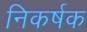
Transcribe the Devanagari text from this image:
निकर्षक